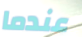
عندما